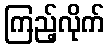
ကြည့်လိုက်